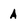
Character: A